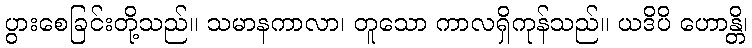
ပွားစေခြင်းတို့သည်။ သမာနကာလာ၊ တူသော ကာလရှိကုန်သည်။ ယဒိပိ ဟောန္တိ၊